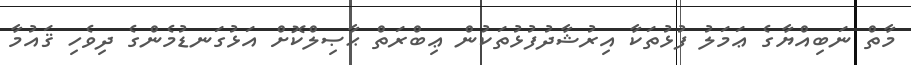
މާތް ނަބިއްޔާގެ ޢަމަލު ފުޅުތަކާ އިރުޝާދުފުޅުތަކުން ޢިބްރަތް ޙާޞިލްކޮށް އަޅުގަނޑުމެންގެ ދިވެހި ޤައުމާ